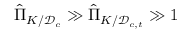
\hat { \Pi } _ { K / \mathcal { D } _ { c } } \gg \hat { \Pi } _ { K / \mathcal { D } _ { c , t } } \gg 1